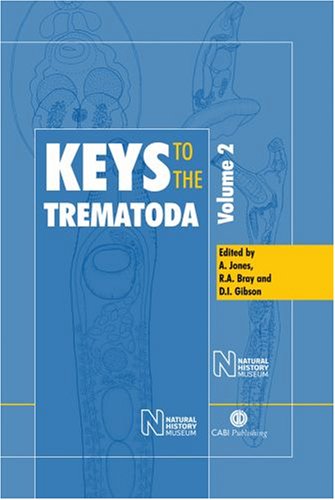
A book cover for Keys to the Trematoda; Arlene Jones; Medical Books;